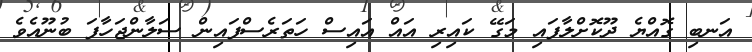
އަނބި ގޮއްޔެ ދޫކޮށްލާފައި މަގޭ ކައިރި އައް އައިސް ހަތަރެސްފައިން ސަލާންޖަހާފަ ބުނޫއެވެ